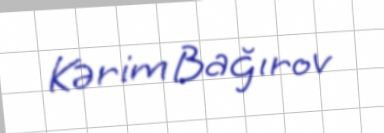
Kərim Bağırov